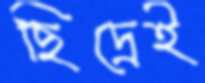
ছিদ্রেই